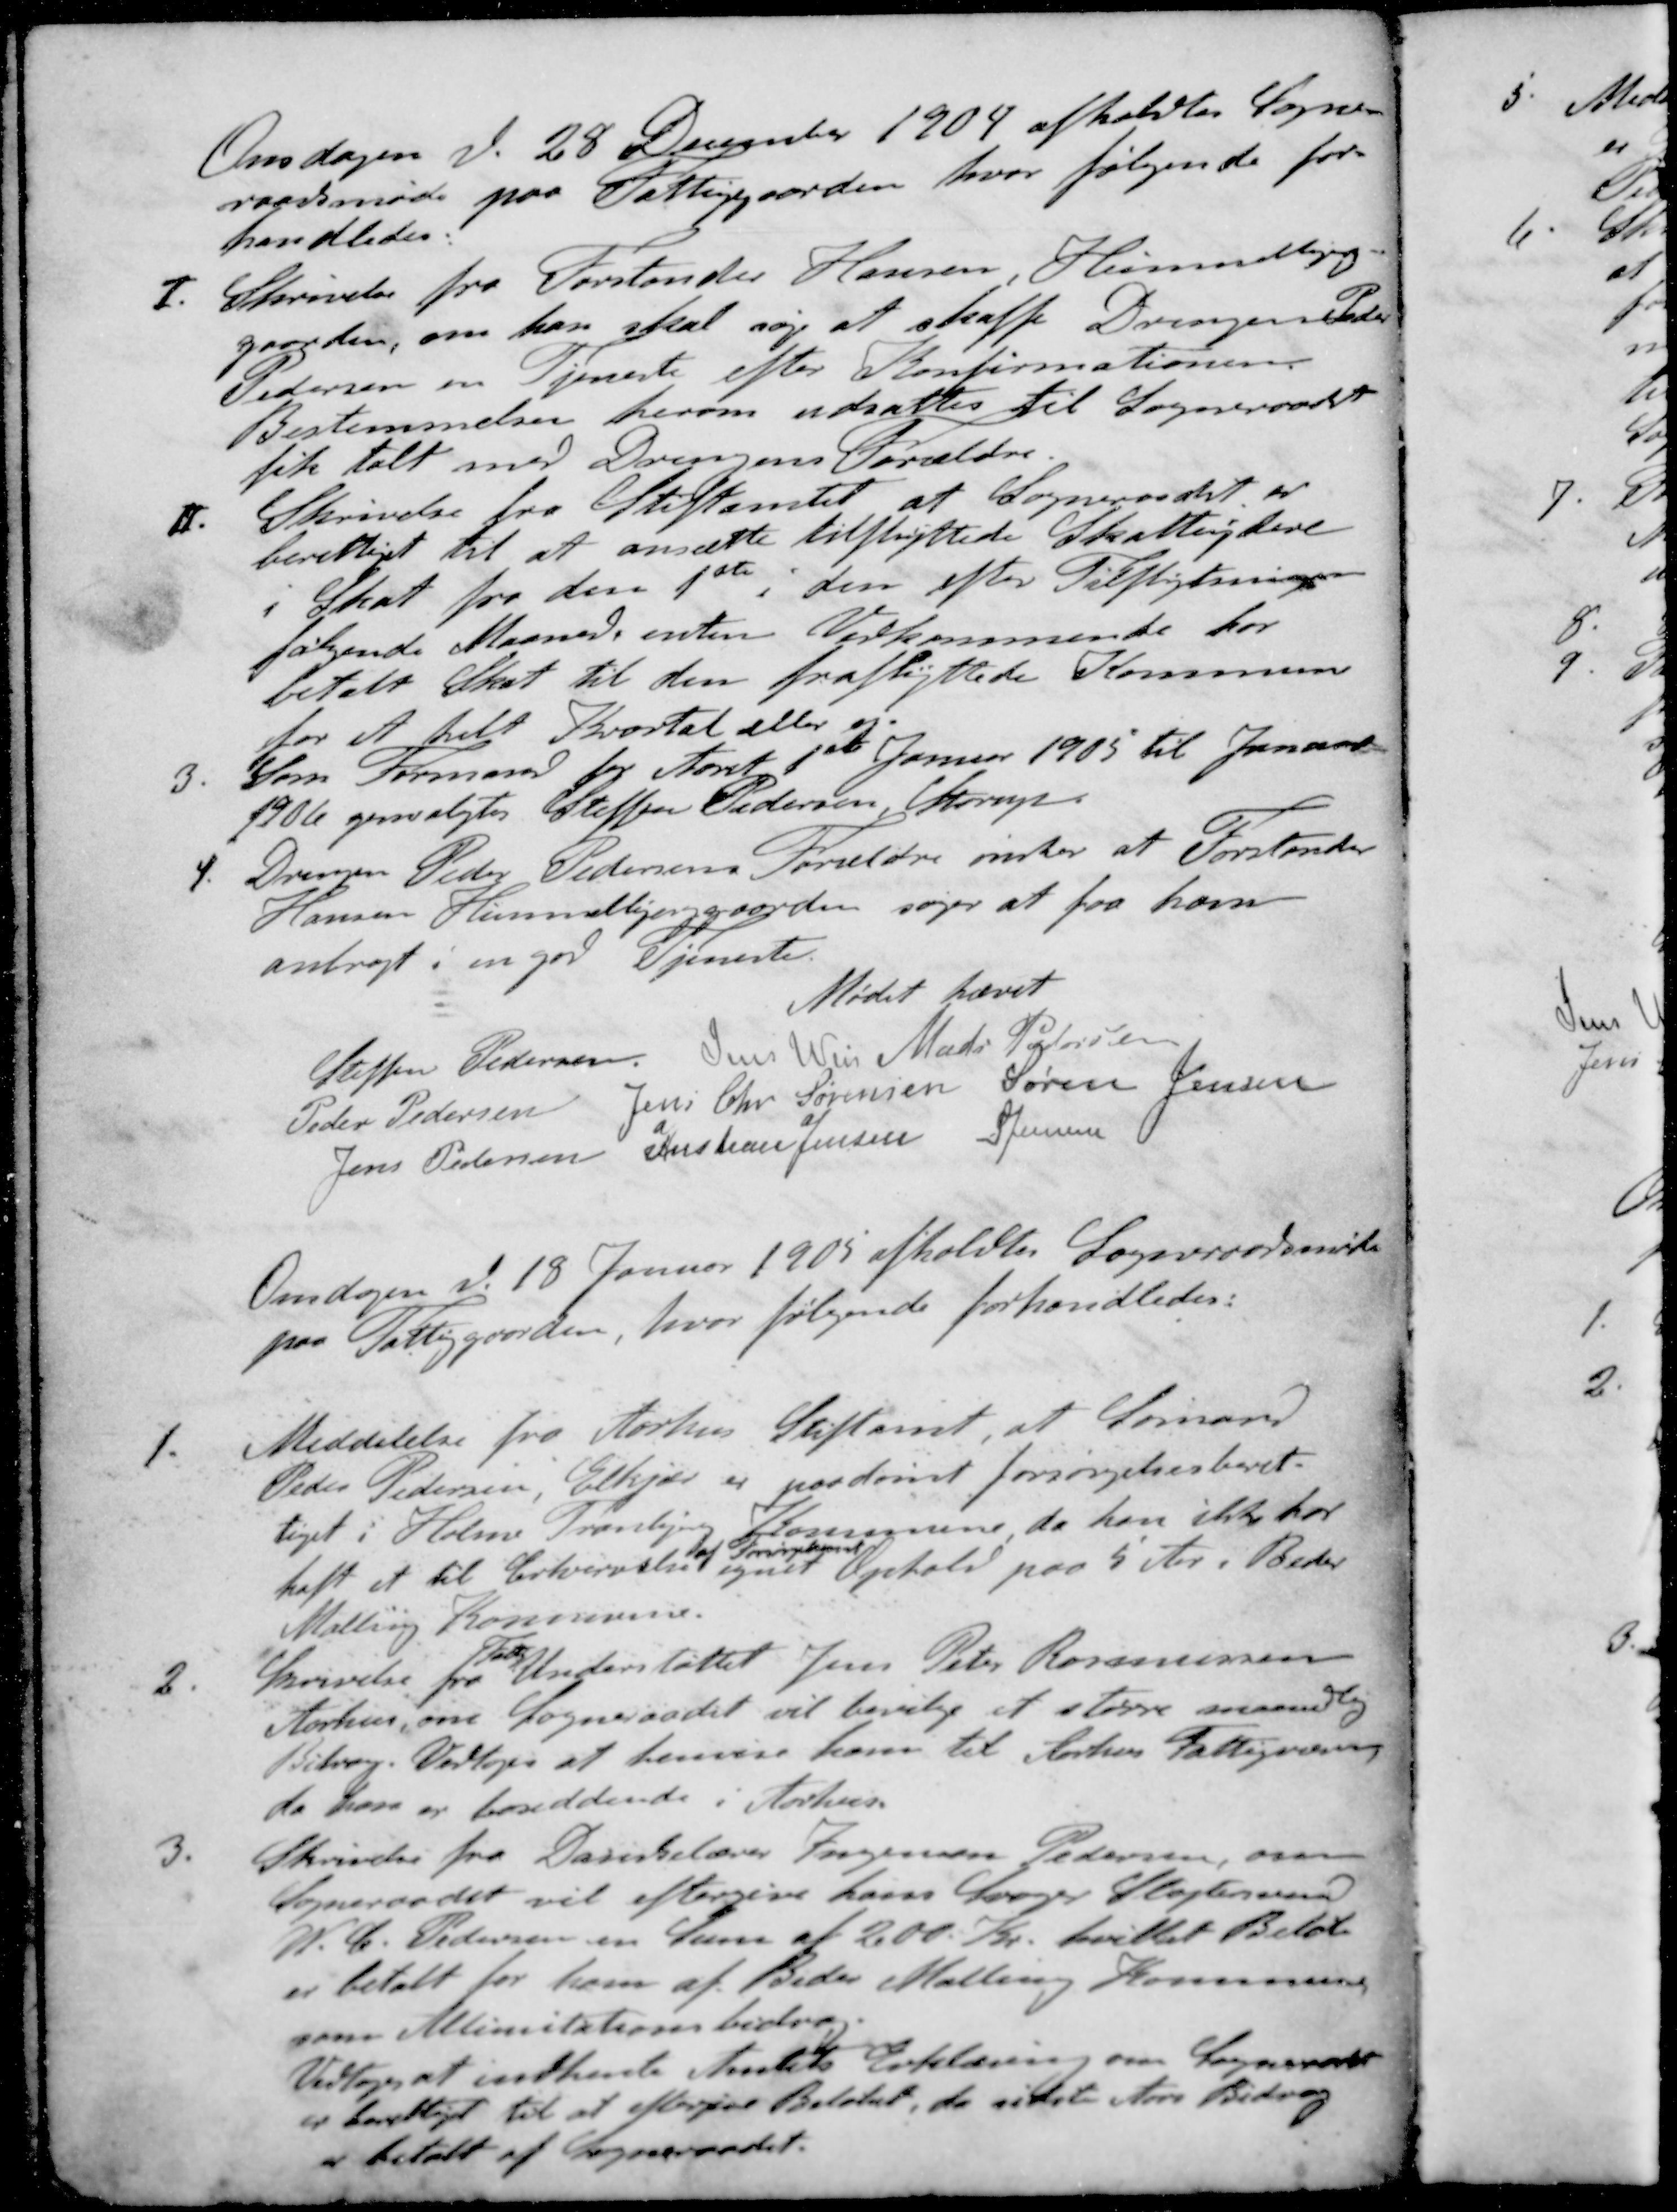
Transskription:
Onsdagen d. 28 December 1904 afholdtes Sogne-
raadsmøde paa Fattiggaarden, hvor følgende for-
handledes.
I. Skrivelse fra Forstander Hansen, Heimndbyg-
gaarden, om han skal søge at skaffe Drengen Peder
Pedersen en Tjeneste efter Konfirmationen
Bestemmelser herom udsattes til Sogneraadet
fik talt med Drengens Forældre
II. Skrivelse fra Stiftamtet at Sogneraadet er
berettigt til at ansætte tilflyttede Skatteydere
i Skat fra den 1ste i den efter Tilflytningen
følgende Maaned enten Vedkommende har
betalt Skat til den fraflyttede Kommune
for et helt Kvartal eller ej
3. Som Formand for Aaret 1ste Januar 1905 til Januar
1906 genvalgtes Steffen Pedersen, Starup
4. Drengen Peder Pedersens Forældre ønsker at Forstander
Hansen Himmelbjerggaarden søger at faa ham
anbragt i en god Tjeneste.
Mødet hævet
Steffen Pedersen
Jens Weis
Mads Pedersen
Peder Pedersen
Jens Chr Sørensen
Jens Chr Sørensen
Jens Pedersen
Kristian Jensen
S Jensen
Onsdagen d. 18 Januar 1905 afholdtes Sogneraadsmøde
paa Fattiggaarden, hvor følgende forhandledes:
1. Meddelelse fra Aarhus Stiftamt, at Sømand
Peder Pedersen, Elkjær er paadømt forsørgelsesberet-
tiget i Holme Tranbjerg Kommune da han ikke har
af Forsørgelse
haft et til Erhvervelse egnet Ophold paa 5 Aar i Beder
Malling Kommune.
Fattig
Skrivelse fra Understøttet Jens Peter Rasmussen
Aarhus, om Sogneraadet vil bevilge et større maanedlig
Bidrag. Vedtoges at henvise ham til Århus Fattigvæsen
da han er bosiddende i Aarhus.
3. Skrivelse fra Dansklærer Ingensen Pedersen, om
Sogneraadet vil eftergive hans Svager Slagtersvend
N. C. Pedersen en Sum af 2.00 Kr. hvillet Beløb
er betalt for ham af Beder Malling Kommune
som Allimitationsbidrag
Vedtoges at indhente Amtets Erklæring, om Sogneraadet
er berettiget til at eftergive Beløbet, da sidste Aars Bidrag
er betalt af Sogneraadet.